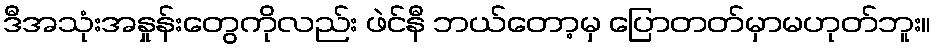
ဒီအသုံးအနှုန်းတွေကိုလည်း ဖဲင်နီ ဘယ်တော့မှ ပြောတတ်မှာမဟုတ်ဘူး။